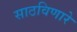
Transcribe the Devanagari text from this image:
साठविणारे